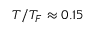
T / T _ { F } \approx 0 . 1 5